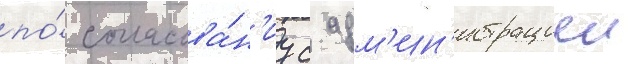
по́ согласова́н'иу с адм'ин'истрациеи